Leaving Certificate Examination (including Day School Certificate (Higher) General paper), 1937
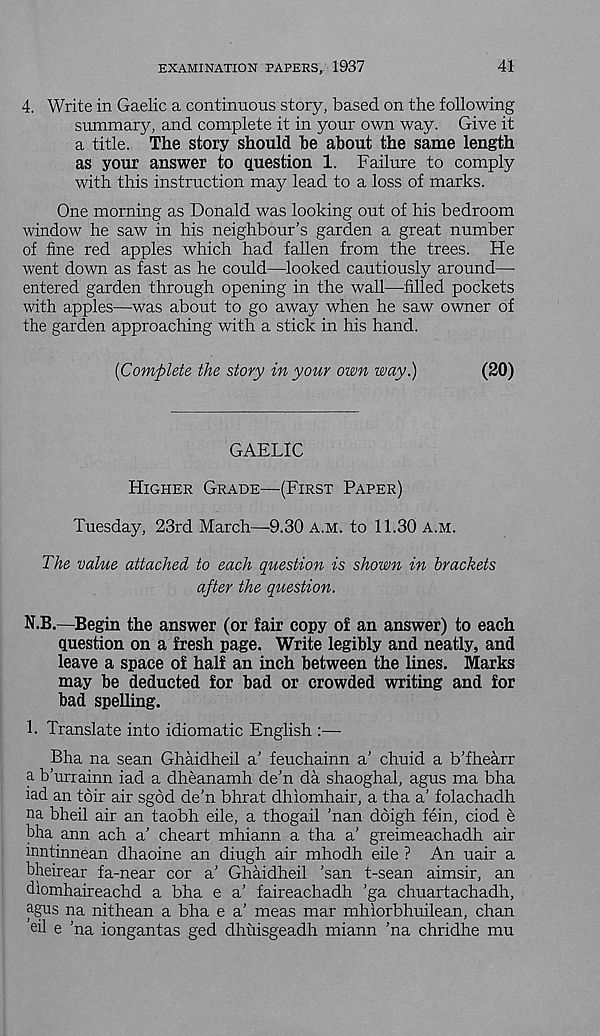
EXAMINATION PAPERS, 1937
41
4. Write in Gaelic a continuous story, based on the following
summary, and complete it in your own way. Give it
a title. The story should he about the same length
as your answer to question 1. Failure to comply
with this instruction may lead to a loss of marks.
One morning as Donald was looking out of his bedroom
window he saw in his neighbour’s garden a great number
of fine red apples which had fallen from the trees. He
went down as fast as he could—looked cautiously around—
entered garden through opening in the wall—filled pockets
with apples—was about to go away when he saw owner of
the garden approaching with a stick in his hand.
[Complete the story in your own way.)
(20)
GAELIC
Higher Grade—(First Paper)
Tuesday, 23rd March—9.30 a.m. to 11.30 a.m.
The value attached to each question is shown in brackets
after the question.
N.B.—Begin the answer (or fair copy of an answer) to each
question on a fresh page. Write legibly and neatly, and
leave a space of half an inch between the lines. Marks
may be deducted for bad or crowded writing and for
bad spelling.
h Translate into idiomatic English :—
Bha na scan Ghaidheil a’ feuchainn a’ chuid a b’fhearr
a b’urrainn iad a dheanamh de’n da shaoghal, agus ma bha
iad an toir air sgdd de’n bhrat dhiomhair, a tha a’ folachadh
na bheil air an taobh eile, a thogail ’nan doigh fein, ciod e
bha ann ach a’ cheart mhiann a tha a’ greimeachadh air
mntinnean dhaoine an diugh air mhodh eile ? An uair a
bheirear fa-near cor a’ Ghaidheil ’san t-sean aimsir, an
diomhaireachd a bha e a’ faireachadh ’ga chuartachadh,
agus na nithean a bha e a’ meas mar mhiorbhuilean, chan
Gl e ’na iongantas ged dhuisgeadh miann ’na chridhe mu